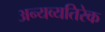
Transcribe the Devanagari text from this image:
अन्यव्यतिरेक